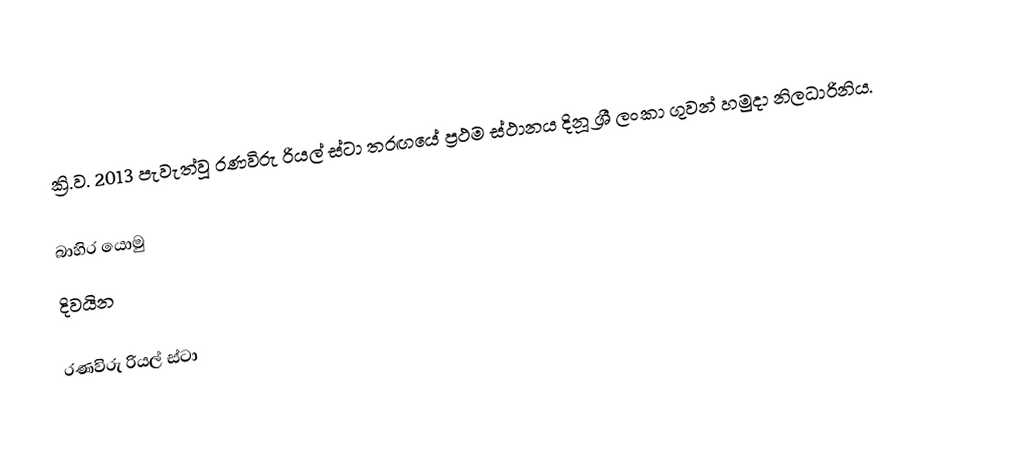
ක්‍රි.ව. 2013 පැවැත්වූ රණවිරු රියල් ස්ටා තරඟයේ ප්‍රථම ස්ථානය දිනූ ශ්‍රී ලංකා ගුවන් හමුදා නිලධාරිනිය.

බාහිර යොමු
 දිවයින

රණවිරු රියල් ස්ටා